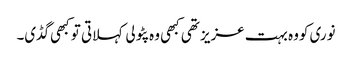
نوری کووہ بہت عزیز تھی کبھی وہ پٹولی کہلاتی تو کبھی گڈی۔